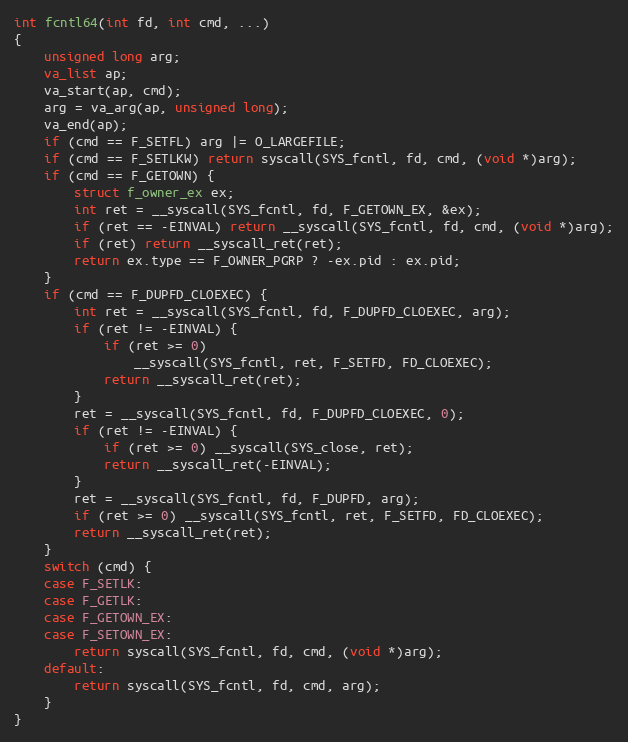
Language: C
int fcntl64(int fd, int cmd, ...)
{
    unsigned long arg;
    va_list ap;
    va_start(ap, cmd);
    arg = va_arg(ap, unsigned long);
    va_end(ap);
    if (cmd == F_SETFL) arg |= O_LARGEFILE;
    if (cmd == F_SETLKW) return syscall(SYS_fcntl, fd, cmd, (void *)arg);
    if (cmd == F_GETOWN) {
        struct f_owner_ex ex;
        int ret = __syscall(SYS_fcntl, fd, F_GETOWN_EX, &ex);
        if (ret == -EINVAL) return __syscall(SYS_fcntl, fd, cmd, (void *)arg);
        if (ret) return __syscall_ret(ret);
        return ex.type == F_OWNER_PGRP ? -ex.pid : ex.pid;
    }
    if (cmd == F_DUPFD_CLOEXEC) {
        int ret = __syscall(SYS_fcntl, fd, F_DUPFD_CLOEXEC, arg);
        if (ret != -EINVAL) {
            if (ret >= 0)
                __syscall(SYS_fcntl, ret, F_SETFD, FD_CLOEXEC);
            return __syscall_ret(ret);
        }
        ret = __syscall(SYS_fcntl, fd, F_DUPFD_CLOEXEC, 0);
        if (ret != -EINVAL) {
            if (ret >= 0) __syscall(SYS_close, ret);
            return __syscall_ret(-EINVAL);
        }
        ret = __syscall(SYS_fcntl, fd, F_DUPFD, arg);
        if (ret >= 0) __syscall(SYS_fcntl, ret, F_SETFD, FD_CLOEXEC);
        return __syscall_ret(ret);
    }
    switch (cmd) {
    case F_SETLK:
    case F_GETLK:
    case F_GETOWN_EX:
    case F_SETOWN_EX:
        return syscall(SYS_fcntl, fd, cmd, (void *)arg);
    default:
        return syscall(SYS_fcntl, fd, cmd, arg);
    }
}